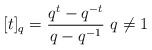
\begin{align*} [t]_q = \frac{q^t - q^{-t}}{q-q^{-1}} \ q \neq 1 \end{align*}